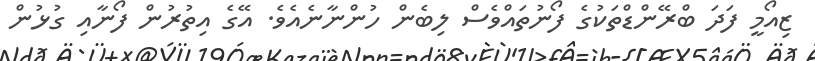
ޒިއޯމީ ފަދަ ބްރޭންޑްތަކުގެ ފޯނުތައްވެސް ލިބެން ހުންނާނެއެވެ. އޭގެ އިތުރުން ފޯނާއި ގުޅުން